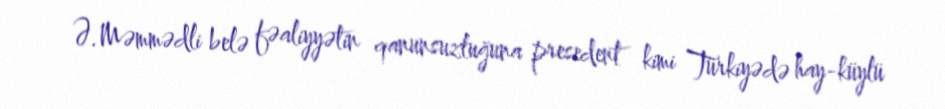
Ə.Məmmədli belə fəaliyyətin qanunsuzluğuna presedent kimi Türkiyədə hay-küylü